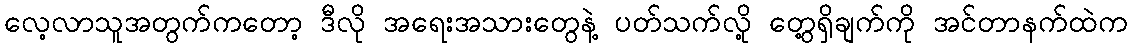
လေ့လာသူအတွက်ကတော့ ဒီလို အရေးအသားတွေနဲ့ ပတ်သက်လို့ တွေ့ရှိချက်ကို အင်တာနက်ထဲက